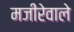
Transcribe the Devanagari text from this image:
मजीरेवाले